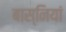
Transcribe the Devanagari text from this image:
बास्नियां